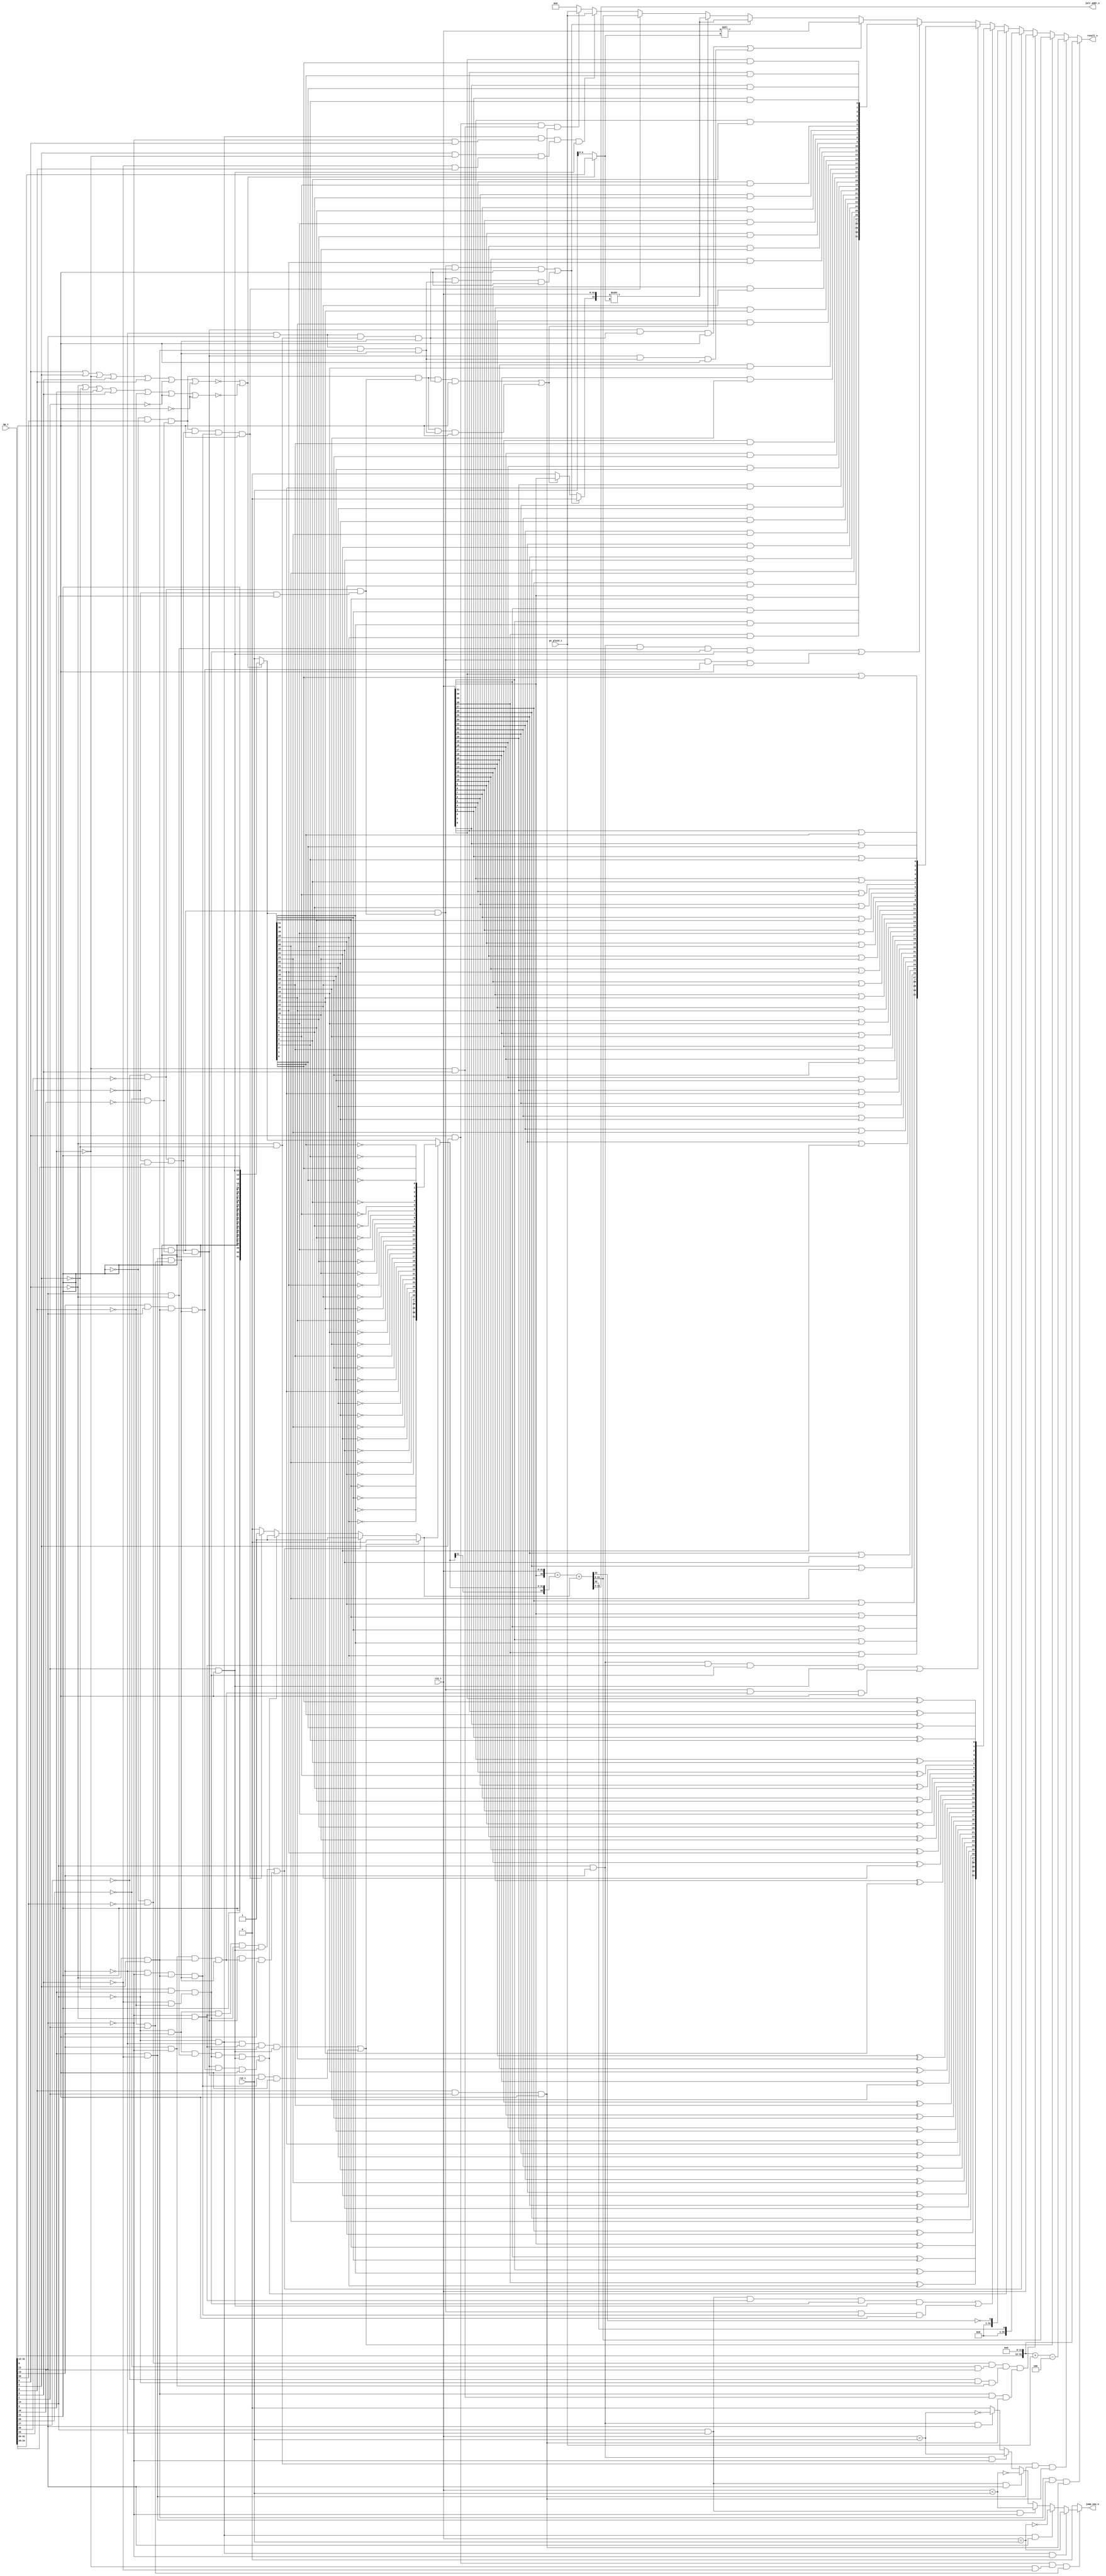
module alu_imem_addr_width_p10
(
  rs1_i,
  rs2_i,
  pc_plus4_i,
  op_i,
  result_o,
  jalr_addr_o,
  jump_now_o
);

  input [31:0] rs1_i;
  input [31:0] rs2_i;
  input [31:0] pc_plus4_i;
  input [31:0] op_i;
  output [31:0] result_o;
  output [9:0] jalr_addr_o;
  output jump_now_o;
  wire [31:0] result_o,op2,adder_input,shr_out,shl_out,xor_out,and_out,or_out;
  wire [9:0] jalr_addr_o;
  wire jump_now_o,N10,N11,N12,N13,N14,N15,N16,N17,N18,N19,N20,N21,N22,N23,N24,N25,N26,
  N27,N28,N29,N30,N31,N32,N33,N34,N35,N36,is_imm_op,N37,sub_not_add,N38,N39,N40,
  N41,N42,N43,N44,N45,N46,N47,N48,N49,N50,N51,N52,N53,N54,N55,N56,N57,N58,N59,N60,
  N61,N62,N63,N64,N65,N66,N67,N68,N69,N70,N71,N72,N73,N74,N75,N76,N77,N78,N79,N80,
  N81,N82,N83,N84,N85,N86,N87,N88,N89,N90,N91,N92,N93,N94,N95,N96,N97,N98,N99,N100,
  N101,N102,N103,N104,carry,sign_ex_or_zero,N105,N106,N107,N108,N109,N110,N111,N112,
  N113,N114,N115,N116,N117,N118,N119,N120,N121,N122,N123,N124,N125,N126,N127,N128,
  N129,N130,N131,N132,N133,N134,N135,N136,N137,N138,N139,N140,N141,N142,N143,N144,
  N145,N146,N147,N148,N149,N150,N151,N152,N153,N154,N155,N156,N157,N158,N159,N160,
  N161,N162,N163,N164,N165,N166,N167,N168,N169,N170,N171,N172,N173,N174,N175,N176,
  N177,N178,N179,N180,N181,N182,N183,N184,N185,N186,N187,N188,N189,N190,N191,N192,
  N193,N194,N195,N196,N197,N198,N199,N200,N201,N202,N203,N204,N205,N206,N207,N208,
  N209,N210,N211,N212,N213,N214,N215,N216,N217,N218,N219,N220,N221,N222,N223,N224,
  N225,N226,N227,N228,N229,N230,N231,N232,N233,N234,N235,N236,N237,N238,N239,N240,
  N241,N242,N243,N244,N245,N246,N247,N248,N249,N250,N251,N252,N253,N254,N255,N256,
  N257,N258,N259,N260,N261,N262,N263,N264,N265,N266,N267,N268,N269,N270,N271,N272,
  N273,N274,N275,N276,N277,N278,N279,N280,N281,N282,N283,N284,N285,N286,N287,N288,
  N289,N290,N291,N292,N293,rs1_eq_rs2,rs1_lt_rs2_unsigned,rs1_lt_rs2_signed,N294,
  N295,N296,N297,N298,N299,N300,N301,N302,N303,N304,N305,N306,N307,N308,N309,N310,
  N311,N312,N313,N314,N315,N316,N317,N318,N319,N320,N321,N322,N323,N324,N325,N326,
  N327,N328,N329,N330,N331,N332,N333,N334,N335,SV2V_UNCONNECTED_1;
  wire [4:0] sh_amount;
  wire [32:0] sum;
  assign { SV2V_UNCONNECTED_1, shr_out } = $signed({ sign_ex_or_zero, rs1_i }) >>> sh_amount;
  assign shl_out = rs1_i << sh_amount;
  assign N106 = N326 & op_i[5];
  assign N107 = op_i[4] & N105;
  assign N108 = op_i[2] & op_i[1];
  assign N109 = N106 & N107;
  assign N110 = N108 & op_i[0];
  assign N111 = N109 & N110;
  assign N112 = N326 & N327;
  assign N113 = N112 & N107;
  assign N114 = N113 & N110;
  assign N115 = N301 & N147;
  assign N116 = N115 & N152;
  assign N117 = N116 & N150;
  assign N118 = N193 & N167;
  assign N119 = N118 & op_i[0];
  assign N125 = N121 & N122;
  assign N126 = N123 & op_i[28];
  assign N127 = N124 & N310;
  assign N128 = op_i[13] & N300;
  assign N129 = N125 & N126;
  assign N130 = N127 & N128;
  assign N131 = N106 & N226;
  assign N132 = N129 & N130;
  assign N133 = N131 & N110;
  assign N134 = N132 & N133;
  assign N135 = N311 & N147;
  assign N136 = N135 & N152;
  assign N137 = N136 & N150;
  assign N138 = N193 & N175;
  assign N139 = N138 & op_i[0];
  assign N141 = N311 & N179;
  assign N142 = N141 & N152;
  assign N143 = N142 & N150;
  assign N144 = N193 & N185;
  assign N145 = N144 & op_i[0];
  assign N147 = N300 & N326;
  assign N148 = N327 & op_i[4];
  assign N149 = N105 & N331;
  assign N150 = op_i[1] & op_i[0];
  assign N151 = N304 & N147;
  assign N152 = N148 & N149;
  assign N153 = N151 & N152;
  assign N154 = N153 & N150;
  assign N158 = N123 & N155;
  assign N159 = N124 & N156;
  assign N160 = N157 & op_i[14];
  assign N161 = N299 & N300;
  assign N162 = N125 & N158;
  assign N163 = N159 & N160;
  assign N164 = N161 & N106;
  assign N165 = N107 & N295;
  assign N166 = N162 & N163;
  assign N167 = N164 & N165;
  assign N168 = N166 & N167;
  assign N169 = N168 & op_i[0];
  assign N171 = N307 & N147;
  assign N172 = N171 & N152;
  assign N173 = N172 & N150;
  assign N174 = N128 & N106;
  assign N175 = N174 & N165;
  assign N176 = N166 & N175;
  assign N177 = N176 & op_i[0];
  assign N179 = op_i[12] & N326;
  assign N180 = N307 & N179;
  assign N181 = N180 & N152;
  assign N182 = N181 & N150;
  assign N183 = op_i[13] & op_i[12];
  assign N184 = N183 & N106;
  assign N185 = N184 & N165;
  assign N186 = N166 & N185;
  assign N187 = N186 & op_i[0];
  assign N189 = N157 & N310;
  assign N190 = N299 & op_i[12];
  assign N191 = N159 & N189;
  assign N192 = N190 & N112;
  assign N193 = N162 & N191;
  assign N194 = N192 & N165;
  assign N195 = N193 & N194;
  assign N196 = N195 & op_i[0];
  assign N197 = N190 & N106;
  assign N198 = N197 & N165;
  assign N199 = N193 & N198;
  assign N200 = N199 & op_i[0];
  assign N202 = N166 & N194;
  assign N203 = N202 & op_i[0];
  assign N204 = N166 & N198;
  assign N205 = N204 & op_i[0];
  assign N207 = N121 & op_i[30];
  assign N208 = N207 & N158;
  assign N209 = N208 & N163;
  assign N210 = N209 & N194;
  assign N211 = N210 & op_i[0];
  assign N212 = N209 & N198;
  assign N213 = N212 & op_i[0];
  assign N215 = N208 & N191;
  assign N216 = N215 & N167;
  assign N217 = N216 & op_i[0];
  assign N218 = N300 & op_i[6];
  assign N219 = op_i[5] & N317;
  assign N220 = N105 & op_i[2];
  assign N221 = N301 & N218;
  assign N222 = N219 & N220;
  assign N223 = N221 & N222;
  assign N224 = N223 & N150;
  assign N225 = op_i[6] & op_i[5];
  assign N226 = N317 & op_i[3];
  assign N227 = N225 & N226;
  assign N228 = N227 & N110;
  assign rs1_eq_rs2 = rs1_i == rs2_i;
  assign rs1_lt_rs2_unsigned = rs1_i < rs2_i;
  assign rs1_lt_rs2_signed = $signed(rs1_i) < $signed(rs2_i);
  assign N294 = N317 & N105;
  assign N295 = N331 & op_i[1];
  assign N296 = N225 & N294;
  assign N297 = N296 & N295;
  assign N301 = N310 & N299;
  assign N302 = N301 & N300;
  assign N303 = N301 & op_i[12];
  assign N304 = op_i[14] & N299;
  assign N305 = N304 & N300;
  assign N306 = N304 & op_i[12];
  assign N307 = op_i[14] & op_i[13];
  assign N308 = N307 & N300;
  assign N309 = N307 & op_i[12];
  assign N311 = N310 & op_i[13];
  assign { N260, N259, N258, N257, N256, N255, N254, N253, N252, N251, N250, N249, N248, N247, N246, N245, N244, N243, N242, N241, N240, N239, N238, N237, N236, N235, N234, N233, N232, N231, N230, N229 } = { op_i[31:12], 1'b0, 1'b0, 1'b0, 1'b0, 1'b0, 1'b0, 1'b0, 1'b0, 1'b0, 1'b0, 1'b0, 1'b0 } + pc_plus4_i;
  assign { N292, N291, N290, N289, N288, N287, N286, N285, N284, N283, N282, N281, N280, N279, N278, N277, N276, N275, N274, N273, N272, N271, N270, N269, N268, N267, N266, N265, N264, N263, N262, N261 } = { N260, N259, N258, N257, N256, N255, N254, N253, N252, N251, N250, N249, N248, N247, N246, N245, N244, N243, N242, N241, N240, N239, N238, N237, N236, N235, N234, N233, N232, N231, N230, N229 } - { 1'b1, 1'b0, 1'b0 };
  assign { N104, N103, N102, N101, N100, N99, N98, N97, N96, N95, N94, N93, N92, N91, N90, N89, N88, N87, N86, N85, N84, N83, N82, N81, N80, N79, N78, N77, N76, N75, N74, N73, N72, N71 } = { rs1_i[31:31], rs1_i } + { adder_input[31:31], adder_input };
  assign { carry, sum } = { N104, N103, N102, N101, N100, N99, N98, N97, N96, N95, N94, N93, N92, N91, N90, N89, N88, N87, N86, N85, N84, N83, N82, N81, N80, N79, N78, N77, N76, N75, N74, N73, N72, N71 } + sub_not_add;
  assign jalr_addr_o[0] = sum[2];
  assign jalr_addr_o[1] = sum[3];
  assign jalr_addr_o[2] = sum[4];
  assign jalr_addr_o[3] = sum[5];
  assign jalr_addr_o[4] = sum[6];
  assign jalr_addr_o[5] = sum[7];
  assign jalr_addr_o[6] = sum[8];
  assign jalr_addr_o[7] = sum[9];
  assign jalr_addr_o[8] = sum[10];
  assign jalr_addr_o[9] = sum[11];
  assign op2 = (N10)? { op_i[31:31], op_i[31:31], op_i[31:31], op_i[31:31], op_i[31:31], op_i[31:31], op_i[31:31], op_i[31:31], op_i[31:31], op_i[31:31], op_i[31:31], op_i[31:31], op_i[31:31], op_i[31:31], op_i[31:31], op_i[31:31], op_i[31:31], op_i[31:31], op_i[31:31], op_i[31:31], op_i[31:20] } : 
               (N11)? rs2_i : 1'b0;
  assign N10 = is_imm_op;
  assign N11 = N37;
  assign adder_input = (N12)? { N39, N40, N41, N42, N43, N44, N45, N46, N47, N48, N49, N50, N51, N52, N53, N54, N55, N56, N57, N58, N59, N60, N61, N62, N63, N64, N65, N66, N67, N68, N69, N70 } : 
                       (N13)? op2 : 1'b0;
  assign N12 = sub_not_add;
  assign N13 = N38;
  assign sh_amount = (N10)? op_i[24:20] : 
                     (N11)? rs2_i[4:0] : 1'b0;
  assign result_o = (N14)? { op_i[31:12], 1'b0, 1'b0, 1'b0, 1'b0, 1'b0, 1'b0, 1'b0, 1'b0, 1'b0, 1'b0, 1'b0, 1'b0 } : 
                    (N15)? { N292, N291, N290, N289, N288, N287, N286, N285, N284, N283, N282, N281, N280, N279, N278, N277, N276, N275, N274, N273, N272, N271, N270, N269, N268, N267, N266, N265, N264, N263, N262, N261 } : 
                    (N16)? sum[31:0] : 
                    (N17)? rs1_i : 
                    (N18)? { 1'b0, 1'b0, 1'b0, 1'b0, 1'b0, 1'b0, 1'b0, 1'b0, 1'b0, 1'b0, 1'b0, 1'b0, 1'b0, 1'b0, 1'b0, 1'b0, 1'b0, 1'b0, 1'b0, 1'b0, 1'b0, 1'b0, 1'b0, 1'b0, 1'b0, 1'b0, 1'b0, 1'b0, 1'b0, 1'b0, 1'b0, sum[32:32] } : 
                    (N19)? { 1'b0, 1'b0, 1'b0, 1'b0, 1'b0, 1'b0, 1'b0, 1'b0, 1'b0, 1'b0, 1'b0, 1'b0, 1'b0, 1'b0, 1'b0, 1'b0, 1'b0, 1'b0, 1'b0, 1'b0, 1'b0, 1'b0, 1'b0, 1'b0, 1'b0, 1'b0, 1'b0, 1'b0, 1'b0, 1'b0, 1'b0, N293 } : 
                    (N20)? xor_out : 
                    (N21)? or_out : 
                    (N22)? and_out : 
                    (N23)? shl_out : 
                    (N24)? shr_out : 
                    (N25)? shr_out : 
                    (N26)? sum[31:0] : 
                    (N27)? pc_plus4_i : 
                    (N28)? pc_plus4_i : 1'b0;
  assign N14 = N111;
  assign N15 = N114;
  assign N16 = N120;
  assign N17 = N134;
  assign N18 = N140;
  assign N19 = N146;
  assign N20 = N170;
  assign N21 = N178;
  assign N22 = N188;
  assign N23 = N201;
  assign N24 = N206;
  assign N25 = N214;
  assign N26 = N217;
  assign N27 = N224;
  assign N28 = N228;
  assign sub_not_add = (N16)? 1'b0 : 
                       (N18)? 1'b1 : 
                       (N19)? 1'b1 : 
                       (N26)? 1'b1 : 
                       (N27)? 1'b0 : 1'b0;
  assign sign_ex_or_zero = (N24)? 1'b0 : 
                           (N25)? rs1_i[31] : 1'b0;
  assign N315 = (N29)? rs1_eq_rs2 : 
                (N30)? N312 : 
                (N31)? rs1_lt_rs2_signed : 
                (N32)? N313 : 
                (N33)? rs1_lt_rs2_unsigned : 
                (N34)? N314 : 
                (N35)? 1'b0 : 1'b0;
  assign N29 = N302;
  assign N30 = N303;
  assign N31 = N305;
  assign N32 = N306;
  assign N33 = N308;
  assign N34 = N309;
  assign N35 = N311;
  assign jump_now_o = (N36)? N315 : 
                      (N298)? 1'b0 : 1'b0;
  assign N36 = N297;
  assign is_imm_op = N325 | N335;
  assign N325 = ~N324;
  assign N324 = N322 | N323;
  assign N322 = N320 | N321;
  assign N320 = N319 | op_i[2];
  assign N319 = N318 | op_i[3];
  assign N318 = N316 | N317;
  assign N316 = op_i[6] | op_i[5];
  assign N317 = ~op_i[4];
  assign N321 = ~op_i[1];
  assign N323 = ~op_i[0];
  assign N335 = ~N334;
  assign N334 = N333 | N323;
  assign N333 = N332 | N321;
  assign N332 = N330 | N331;
  assign N330 = N329 | op_i[3];
  assign N329 = N328 | op_i[4];
  assign N328 = N326 | N327;
  assign N326 = ~op_i[6];
  assign N327 = ~op_i[5];
  assign N331 = ~op_i[2];
  assign N37 = ~is_imm_op;
  assign N38 = ~sub_not_add;
  assign N39 = ~op2[31];
  assign N40 = ~op2[30];
  assign N41 = ~op2[29];
  assign N42 = ~op2[28];
  assign N43 = ~op2[27];
  assign N44 = ~op2[26];
  assign N45 = ~op2[25];
  assign N46 = ~op2[24];
  assign N47 = ~op2[23];
  assign N48 = ~op2[22];
  assign N49 = ~op2[21];
  assign N50 = ~op2[20];
  assign N51 = ~op2[19];
  assign N52 = ~op2[18];
  assign N53 = ~op2[17];
  assign N54 = ~op2[16];
  assign N55 = ~op2[15];
  assign N56 = ~op2[14];
  assign N57 = ~op2[13];
  assign N58 = ~op2[12];
  assign N59 = ~op2[11];
  assign N60 = ~op2[10];
  assign N61 = ~op2[9];
  assign N62 = ~op2[8];
  assign N63 = ~op2[7];
  assign N64 = ~op2[6];
  assign N65 = ~op2[5];
  assign N66 = ~op2[4];
  assign N67 = ~op2[3];
  assign N68 = ~op2[2];
  assign N69 = ~op2[1];
  assign N70 = ~op2[0];
  assign xor_out[31] = rs1_i[31] ^ op2[31];
  assign xor_out[30] = rs1_i[30] ^ op2[30];
  assign xor_out[29] = rs1_i[29] ^ op2[29];
  assign xor_out[28] = rs1_i[28] ^ op2[28];
  assign xor_out[27] = rs1_i[27] ^ op2[27];
  assign xor_out[26] = rs1_i[26] ^ op2[26];
  assign xor_out[25] = rs1_i[25] ^ op2[25];
  assign xor_out[24] = rs1_i[24] ^ op2[24];
  assign xor_out[23] = rs1_i[23] ^ op2[23];
  assign xor_out[22] = rs1_i[22] ^ op2[22];
  assign xor_out[21] = rs1_i[21] ^ op2[21];
  assign xor_out[20] = rs1_i[20] ^ op2[20];
  assign xor_out[19] = rs1_i[19] ^ op2[19];
  assign xor_out[18] = rs1_i[18] ^ op2[18];
  assign xor_out[17] = rs1_i[17] ^ op2[17];
  assign xor_out[16] = rs1_i[16] ^ op2[16];
  assign xor_out[15] = rs1_i[15] ^ op2[15];
  assign xor_out[14] = rs1_i[14] ^ op2[14];
  assign xor_out[13] = rs1_i[13] ^ op2[13];
  assign xor_out[12] = rs1_i[12] ^ op2[12];
  assign xor_out[11] = rs1_i[11] ^ op2[11];
  assign xor_out[10] = rs1_i[10] ^ op2[10];
  assign xor_out[9] = rs1_i[9] ^ op2[9];
  assign xor_out[8] = rs1_i[8] ^ op2[8];
  assign xor_out[7] = rs1_i[7] ^ op2[7];
  assign xor_out[6] = rs1_i[6] ^ op2[6];
  assign xor_out[5] = rs1_i[5] ^ op2[5];
  assign xor_out[4] = rs1_i[4] ^ op2[4];
  assign xor_out[3] = rs1_i[3] ^ op2[3];
  assign xor_out[2] = rs1_i[2] ^ op2[2];
  assign xor_out[1] = rs1_i[1] ^ op2[1];
  assign xor_out[0] = rs1_i[0] ^ op2[0];
  assign and_out[31] = rs1_i[31] & op2[31];
  assign and_out[30] = rs1_i[30] & op2[30];
  assign and_out[29] = rs1_i[29] & op2[29];
  assign and_out[28] = rs1_i[28] & op2[28];
  assign and_out[27] = rs1_i[27] & op2[27];
  assign and_out[26] = rs1_i[26] & op2[26];
  assign and_out[25] = rs1_i[25] & op2[25];
  assign and_out[24] = rs1_i[24] & op2[24];
  assign and_out[23] = rs1_i[23] & op2[23];
  assign and_out[22] = rs1_i[22] & op2[22];
  assign and_out[21] = rs1_i[21] & op2[21];
  assign and_out[20] = rs1_i[20] & op2[20];
  assign and_out[19] = rs1_i[19] & op2[19];
  assign and_out[18] = rs1_i[18] & op2[18];
  assign and_out[17] = rs1_i[17] & op2[17];
  assign and_out[16] = rs1_i[16] & op2[16];
  assign and_out[15] = rs1_i[15] & op2[15];
  assign and_out[14] = rs1_i[14] & op2[14];
  assign and_out[13] = rs1_i[13] & op2[13];
  assign and_out[12] = rs1_i[12] & op2[12];
  assign and_out[11] = rs1_i[11] & op2[11];
  assign and_out[10] = rs1_i[10] & op2[10];
  assign and_out[9] = rs1_i[9] & op2[9];
  assign and_out[8] = rs1_i[8] & op2[8];
  assign and_out[7] = rs1_i[7] & op2[7];
  assign and_out[6] = rs1_i[6] & op2[6];
  assign and_out[5] = rs1_i[5] & op2[5];
  assign and_out[4] = rs1_i[4] & op2[4];
  assign and_out[3] = rs1_i[3] & op2[3];
  assign and_out[2] = rs1_i[2] & op2[2];
  assign and_out[1] = rs1_i[1] & op2[1];
  assign and_out[0] = rs1_i[0] & op2[0];
  assign or_out[31] = rs1_i[31] | op2[31];
  assign or_out[30] = rs1_i[30] | op2[30];
  assign or_out[29] = rs1_i[29] | op2[29];
  assign or_out[28] = rs1_i[28] | op2[28];
  assign or_out[27] = rs1_i[27] | op2[27];
  assign or_out[26] = rs1_i[26] | op2[26];
  assign or_out[25] = rs1_i[25] | op2[25];
  assign or_out[24] = rs1_i[24] | op2[24];
  assign or_out[23] = rs1_i[23] | op2[23];
  assign or_out[22] = rs1_i[22] | op2[22];
  assign or_out[21] = rs1_i[21] | op2[21];
  assign or_out[20] = rs1_i[20] | op2[20];
  assign or_out[19] = rs1_i[19] | op2[19];
  assign or_out[18] = rs1_i[18] | op2[18];
  assign or_out[17] = rs1_i[17] | op2[17];
  assign or_out[16] = rs1_i[16] | op2[16];
  assign or_out[15] = rs1_i[15] | op2[15];
  assign or_out[14] = rs1_i[14] | op2[14];
  assign or_out[13] = rs1_i[13] | op2[13];
  assign or_out[12] = rs1_i[12] | op2[12];
  assign or_out[11] = rs1_i[11] | op2[11];
  assign or_out[10] = rs1_i[10] | op2[10];
  assign or_out[9] = rs1_i[9] | op2[9];
  assign or_out[8] = rs1_i[8] | op2[8];
  assign or_out[7] = rs1_i[7] | op2[7];
  assign or_out[6] = rs1_i[6] | op2[6];
  assign or_out[5] = rs1_i[5] | op2[5];
  assign or_out[4] = rs1_i[4] | op2[4];
  assign or_out[3] = rs1_i[3] | op2[3];
  assign or_out[2] = rs1_i[2] | op2[2];
  assign or_out[1] = rs1_i[1] | op2[1];
  assign or_out[0] = rs1_i[0] | op2[0];
  assign N105 = ~op_i[3];
  assign N120 = N117 | N119;
  assign N121 = ~op_i[31];
  assign N122 = ~op_i[30];
  assign N123 = ~op_i[29];
  assign N124 = ~op_i[27];
  assign N140 = N137 | N139;
  assign N146 = N143 | N145;
  assign N155 = ~op_i[28];
  assign N156 = ~op_i[26];
  assign N157 = ~op_i[25];
  assign N170 = N154 | N169;
  assign N178 = N173 | N177;
  assign N188 = N182 | N187;
  assign N201 = N196 | N200;
  assign N206 = N203 | N205;
  assign N214 = N211 | N213;
  assign N293 = ~carry;
  assign N298 = ~N297;
  assign N299 = ~op_i[13];
  assign N300 = ~op_i[12];
  assign N310 = ~op_i[14];
  assign N312 = ~rs1_eq_rs2;
  assign N313 = ~rs1_lt_rs2_signed;
  assign N314 = ~rs1_lt_rs2_unsigned;

endmodule